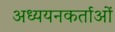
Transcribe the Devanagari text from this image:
अध्‍ययनकर्ताओं